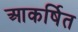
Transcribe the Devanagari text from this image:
आकर्षित